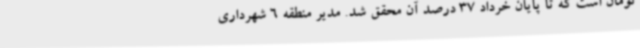
تومان است که تا پایان خرداد 37 درصد آن محقق شد. مدیر منطقه 6 شهرداری